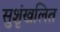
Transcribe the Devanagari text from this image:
सुशृंखलित